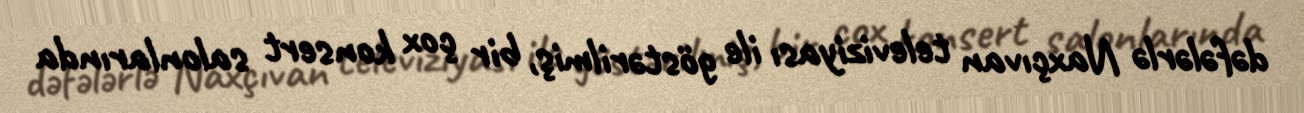
dəfələrlə Naxçıvan televiziyası ile göstərilmiş, bir çox konsert salonlarında